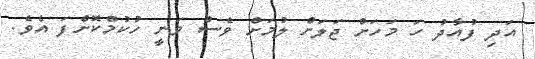
އަދި ފުއާދު ހަ މަހަށް ޖަލަށް ލުމަށް ވެސް ވަނީ ހުކުމްކޮށްފަ އެވެ.